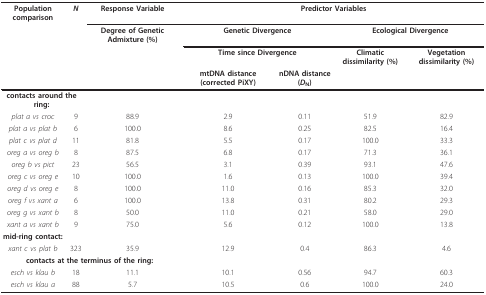
| Population comparison | N | Response Variable | <COLSPAN=4> Predictor Variables |
 |  |  | Degree of Genetic Admixture (%) | <COLSPAN=2> Genetic Divergence | <COLSPAN=2> Ecological Divergence |
 |  |  |  | <COLSPAN=2> Time since Divergence | Climatic dissimilarity (%) | Vegetation dissimilarity (%) |
 |  |  |  | mtDNA distance (corrected PiXY) | nDNA distance (DN) |  |  |
 | --- | --- | --- | --- | --- | --- | --- |
 | <COLSPAN=2> contacts around the ring: |  |  |  |  |  |
 | plat a vs croc | 9 | 88.9 | 2.9 | 0.11 | 51.9 | 82.9 |
 | plat a vs plat b | 6 | 100.0 | 8.6 | 0.25 | 82.5 | 16.4 |
 | plat c vs plat d | 11 | 81.8 | 5.5 | 0.17 | 100.0 | 33.3 |
 | oreg a vs oreg b | 8 | 87.5 | 6.8 | 0.17 | 71.3 | 36.1 |
 | oreg b vs pict | 23 | 56.5 | 3.1 | 0.39 | 93.1 | 47.6 |
 | oreg c vs oreg e | 10 | 100.0 | 1.6 | 0.13 | 100.0 | 39.4 |
 | oreg d vs oreg e | 8 | 100.0 | 11.0 | 0.16 | 85.3 | 32.0 |
 | oreg f vs xant a | 6 | 100.0 | 13.8 | 0.31 | 80.2 | 29.3 |
 | oreg g vs xant b | 8 | 50.0 | 11.0 | 0.21 | 58.0 | 29.0 |
 | xant a vs xant b | 9 | 75.0 | 5.6 | 0.12 | 100.0 | 13.8 |
 | mid-ring contact: |  |  |  |  |  |  |
 | xant c vs plat b | 323 | 35.9 | 12.9 | 0.4 | 86.3 | 4.6 |
 | <COLSPAN=3> contacts at the terminus of the ring: |  |  |  |  |
 | esch vs klau b | 18 | 11.1 | 10.1 | 0.56 | 94.7 | 60.3 |
 | esch vs klau a | 88 | 5.7 | 10.5 | 0.6 | 100.0 | 24.0 |